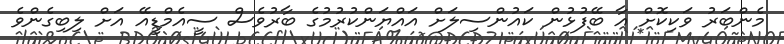
މެންބަރު ވަކިކޮށް އާ ބޭފުޅުން ކައުންސިލަށް އައްޔަންކުރުމުގެ ބާރުވެސް ސީއެމްޑީއޭ އަށް ލިބިގެންވެ